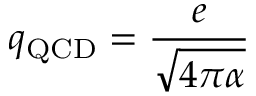
q _ { \mathrm { Q C D } } = { \frac { e } { \sqrt { 4 \pi \alpha } } }